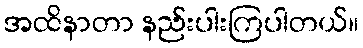
အထိနာတာ နည်းပါးကြပါတယ်။